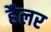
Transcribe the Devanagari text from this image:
हैलर